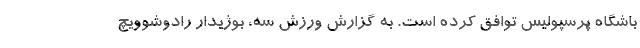
باشگاه پرسپولیس توافق کرده است‌. به گزارش ورزش سه، بوژیدار رادوشوویچ